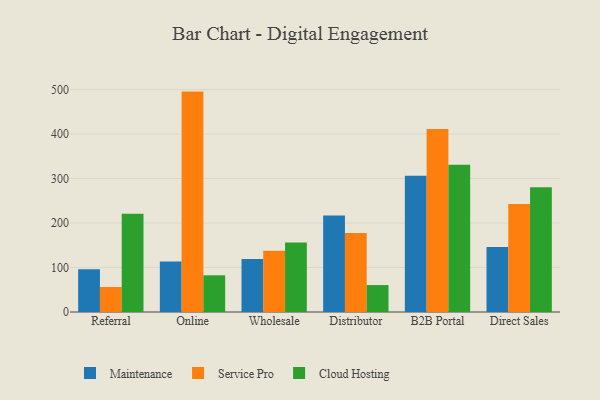
{"axis": {"x": "Channel", "y": "Inventory Turnover"}, "legend": ["Cloud Hosting", "Maintenance", "Service Pro"], "data": [{"x": "Referral", "y": 96.0, "type": "Maintenance"}, {"x": "Referral", "y": 56.2, "type": "Service Pro"}, {"x": "Referral", "y": 220.9, "type": "Cloud Hosting"}, {"x": "Online", "y": 113.3, "type": "Maintenance"}, {"x": "Online", "y": 495.3, "type": "Service Pro"}, {"x": "Online", "y": 82.5, "type": "Cloud Hosting"}, {"x": "Wholesale", "y": 119.3, "type": "Maintenance"}, {"x": "Wholesale", "y": 137.4, "type": "Service Pro"}, {"x": "Wholesale", "y": 156.4, "type": "Cloud Hosting"}, {"x": "Distributor", "y": 217.1, "type": "Maintenance"}, {"x": "Distributor", "y": 177.6, "type": "Service Pro"}, {"x": "Distributor", "y": 60.5, "type": "Cloud Hosting"}, {"x": "B2B Portal", "y": 306.0, "type": "Maintenance"}, {"x": "B2B Portal", "y": 411.0, "type": "Service Pro"}, {"x": "B2B Portal", "y": 330.8, "type": "Cloud Hosting"}, {"x": "Direct Sales", "y": 145.9, "type": "Maintenance"}, {"x": "Direct Sales", "y": 242.6, "type": "Service Pro"}, {"x": "Direct Sales", "y": 280.6, "type": "Cloud Hosting"}]}